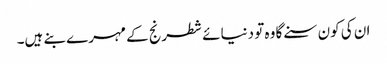
ان کی کون سنے گا وہ تو دنیائے شطرنج کے مہرے بنے ہیں۔